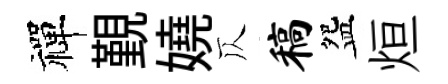
禪覲嬈仄稿盌烜